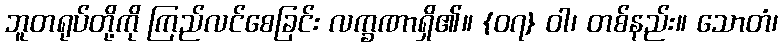
ဘူတရုပ်တို့ကို ကြည်လင်စေခြင်း လက္ခဏာရှိ၏။ {၀၇} ဝါ၊ တစ်နည်း။ သောတံ၊